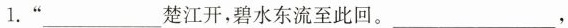
1.”___楚江开，碧水东流至此回。___，